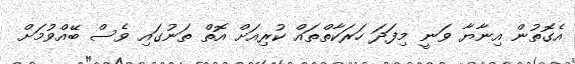
އެގޮތުން އިނާޔާ ވަނީ މިފަދަ ހަރަކާތްތައް ކުރިއަށް އޮތް ތަނުގައި ވެސް ބޭއްވުމަށް